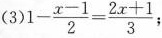
(3)$$1 - \frac { x - 1 } { 2 } = \frac { 2 x + 1 } { 3 }$$；